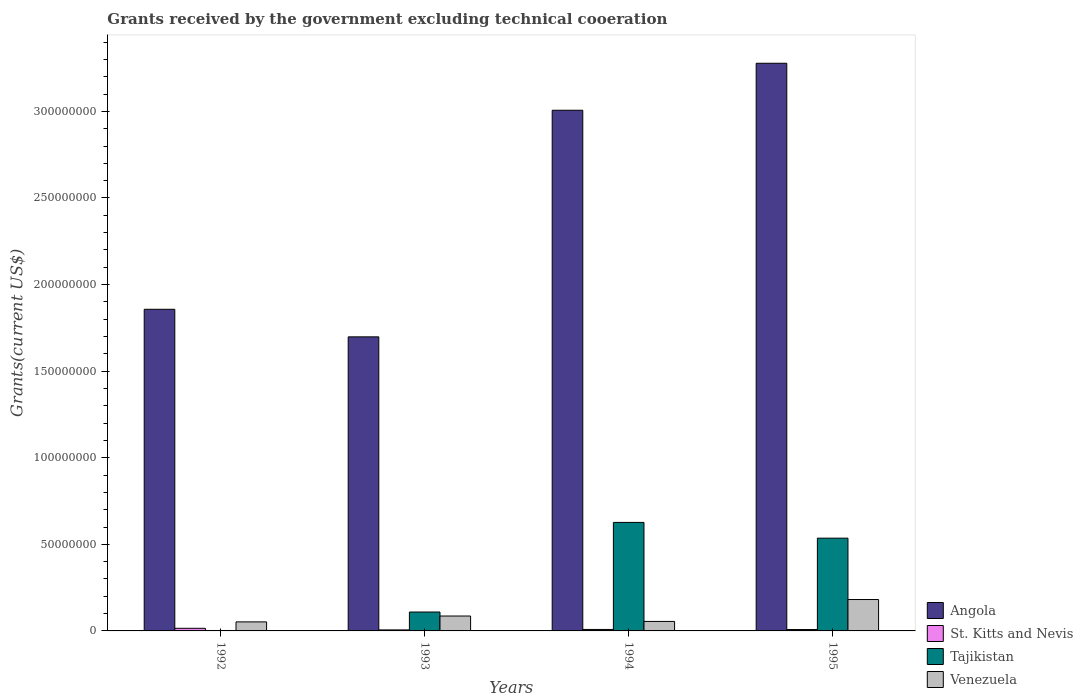
| Years | Angola | St. Kitts and Nevis | Tajikistan | Venezuela |
 | --- | --- | --- | --- | --- |
 | 1992 | 1.86e+08 | 1.51e+06 | 2.5e+05 | 5.22e+06 |
 | 1993 | 1.7e+08 | 5.9e+05 | 1.09e+07 | 8.6e+06 |
 | 1994 | 3.01e+08 | 8.4e+05 | 6.27e+07 | 5.48e+06 |
 | 1995 | 3.28e+08 | 8e+05 | 5.36e+07 | 1.81e+07 |